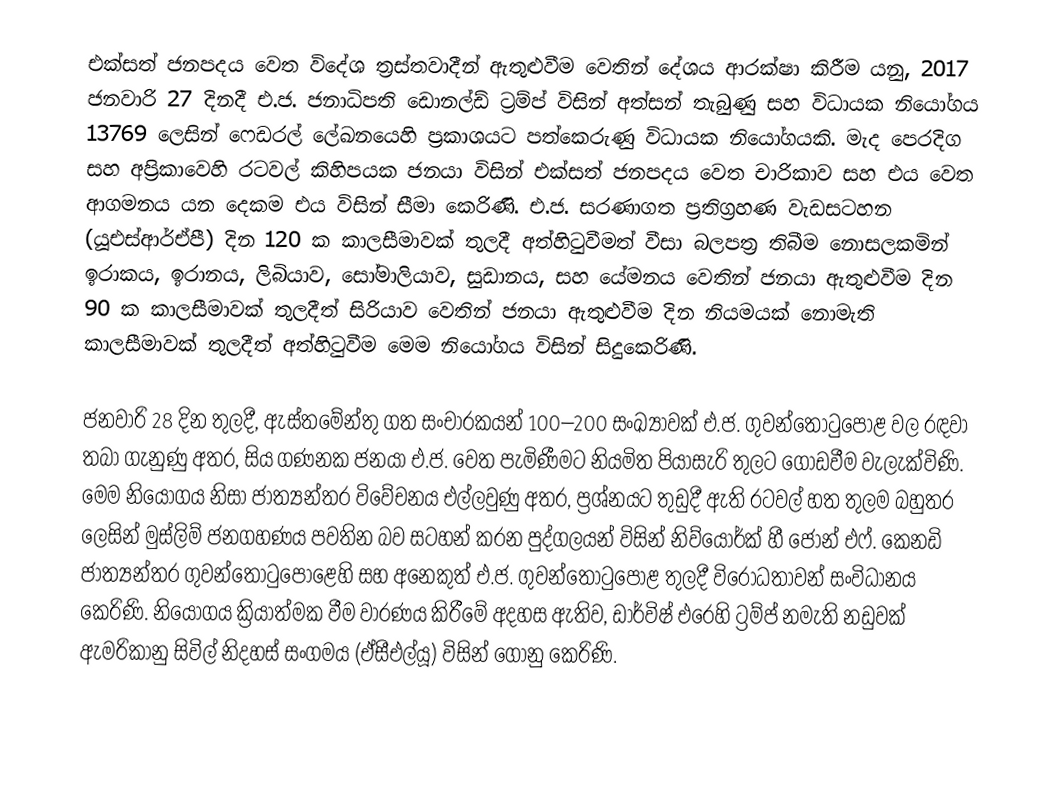
එක්සත් ජනපදය වෙත විදේශ ත්‍රස්තවාදීන් ඇතුළුවීම වෙතින් දේශය ආරක්ෂා කිරීම යනු,   2017 ජනවාරි 27 දිනදී එ.ජ. ජනාධිපති ඩොනල්ඩ් ට්‍රම්ප් විසින් අත්සන් තැබුණු සහ විධායක නියෝගය 13769   ලෙසින් ෆෙඩරල් ලේඛනයෙහි ප්‍රකාශයට පත්කෙරුණු  විධායක නියෝගයකි.  මැද පෙරදිග සහ අප්‍රිකාවෙහි රටවල් කිහිපයක ජනයා විසින් එක්සත් ජනපදය වෙත චාරිකාව සහ එය වෙත ආගමනය යන දෙකම එය විසින් සීමා කෙරිණි. එ.ජ. සරණාගත ප්‍රතිග්‍රහණ වැඩසටහන (යූඑස්ආර්ඒපී) දින  120 ක කාලසීමාවක් තුලදී අත්හිටුවීමත්  වීසා බලපත්‍ර තිබීම නොසලකමින් ඉරාකය, ඉරානය, ලිබියාව, සෝමාලියාව, සුඩානය, සහ යේමනය වෙතින් ජනයා ඇතුළුවීම දින  90 ක කාලසීමාවක් තුලදීත් සිරියාව වෙතින් ජනයා ඇතුළුවීම දින නියමයක් නොමැති කාලසීමාවක් තුලදීත් අත්හිටුවීම මෙම නියෝගය විසින් සිදුකෙරිණි.

ජනවාරි 28 දින තුලදී, ඇස්තමේන්තු ගත  සංචාරකයන් 100–200 සංඛ්‍යාවක් එ.ජ. ගුවන්තොටුපොළ වල රඳවා තබා ගැනුණු අතර, සිය ගණනක ජනයා  එ.ජ. වෙත පැමිණීමට නියමිත පියාසැරි තුලට ගොඩවීම වැලැක්විණි. මෙම නියෝගය නිසා ජාත්‍යන්තර විවේචනය එල්ලවුණු අතර, ප්‍රශ්නයට තුඩුදී ඇති රටවල් හත තුලම බහුතර ලෙසින් මුස්ලිම් ජනගහණය පවතින බව සටහන් කරන පුද්ගලයන් විසින් නිව්යෝර්ක් හී  ජෝන් එෆ්. කෙනඩි ජාත්‍යන්තර ගුවන්තොටුපොළෙහි සහ අනෙකුත් එ.ජ. ගුවන්තොටුපොළ තුලදී විරෝධතාවන් සංවිධානය කෙරිණි. නියෝගය ක්‍රියාත්මක වීම වාරණය කිරීමේ අදහස ඇතිව,  ඩාර්විෂ් එරෙහි ට්‍රම්ප් නමැති නඩුවක් ඇමරිකානු සිවිල් නිදහස් සංගමය (ඒසීඑල්යූ) විසින් ගොනු කෙරිණි.